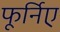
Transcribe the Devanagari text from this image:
फूर्निए